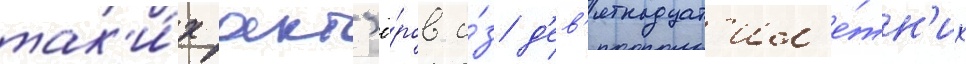
так'и́х акт'ё́ров и́з д'ев'ятнадцат'ил'е́тн'их